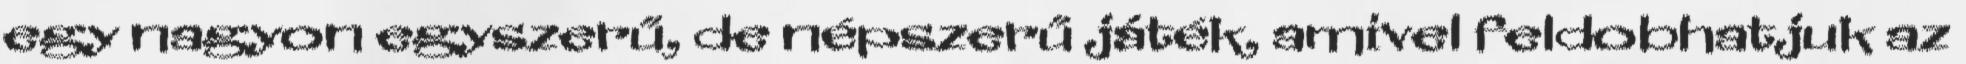
egy nagyon egyszerű, de népszerű játék, amivel feldobhatjuk az